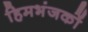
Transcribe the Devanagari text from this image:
हिमभंजकों